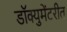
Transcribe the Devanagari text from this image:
डॉक्युमेंटरीत